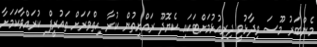
މެންބަރު މޫސަ ވިދާޅުވީ ދިރިއުޅުމަށްޓަކައި ކެޔޮދޫ ރައްޔިތުން ކުރާ ހިތްވަރަށް ތައުރީފް ކުރައްވާކަމަށާ